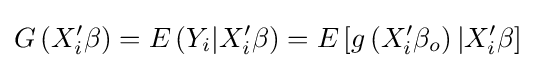
G\left(X'_{i}\beta \right)=E\left(Y_{i}|X'_{i}\beta \right)=E\left[g\left(X'_{i}\beta _{o}\right)|X'_{i}\beta \right]